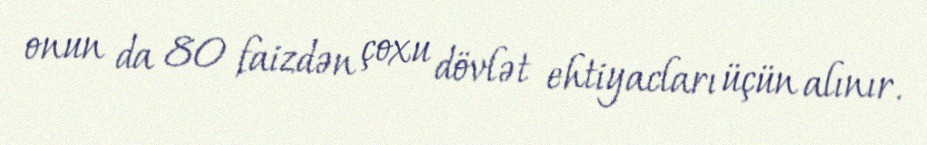
onun da 80 faizdən çoxu dövlət ehtiyacları üçün alınır.